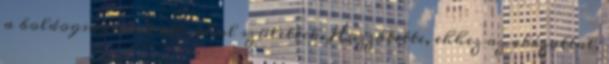
a boldogságukat ott, ahol születtek. Hozzátette, ehhez az alázattal,